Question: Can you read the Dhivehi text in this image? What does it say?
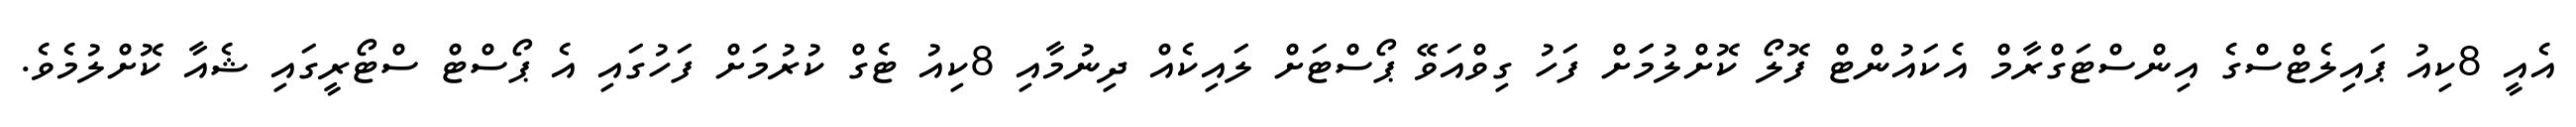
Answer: އެއީ 8ކިއު ޕައިލެޓްސްގެ އިންސްޓަގްރާމް އެކައުންޓް ފޮލޯ ކޮށްލުމަަށް ފަހު ގިވްއަވޭ ޕޯސްޓަށް ލައިކެއް ދިނުމާއި 8ކިއު ޓެގް ކުރުމަށް ފަހުގައި އެ ޕޯސްޓް ސްޓޯރީގައި ޝެއާ ކޮށްލުމެވެ.